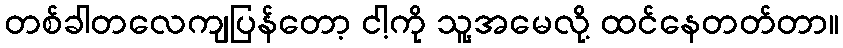
တစ်ခါတလေကျပြန်တော့ ငါ့ကို သူ့အမေလို့ ထင်နေတတ်တာ။